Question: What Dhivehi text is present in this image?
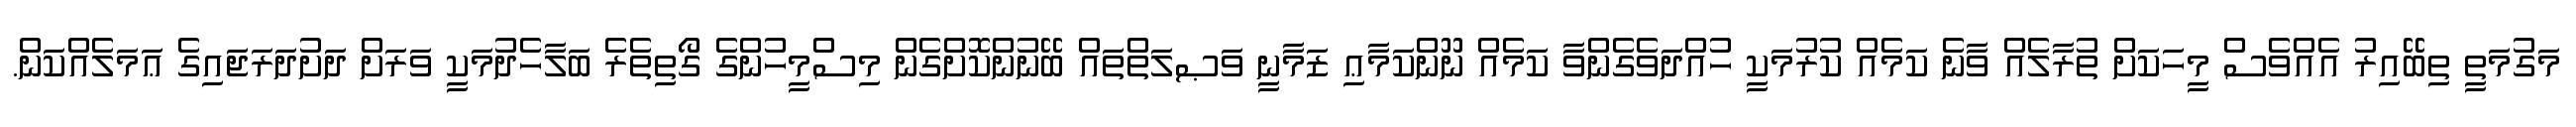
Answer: މަގުމަތީ ތިބޭއިރު އެއްވެސް މީހަކަށް ތުރާލެއް ވާނެ ކަމެއް ކުރުމަކީ ހުއްދަވެގެންވާ ކަމެއް ނޫންކަމާޢި ޒަމާނީ ވަޞލަތްތައް ބޭނުންކޮށްގެން މިސްމީހުންގެ ގޯތިތެރެ ބަލާހެދުމަކީ ވަރަށް ދަށުދަރަޖައިގެ ޢަމަލެއްކަން.